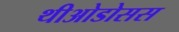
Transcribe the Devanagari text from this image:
थीओडोसस